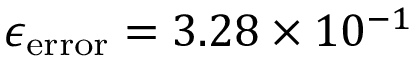
\epsilon _ { \mathrm { e r r o r } } = 3 . 2 8 \times 1 0 ^ { - 1 }